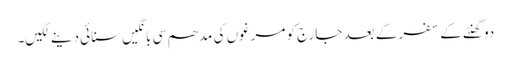
دو گھنٹے کے سفر کے بعد جارج کو مرغوں کی مدھم سی بانگیں سنائی دینے لگیں۔